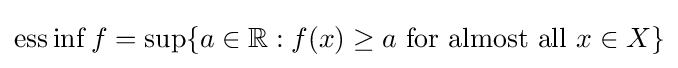
\operatorname {ess} \inf f=\sup\{a\in \mathbb {R} :f(x)\geq a{\text{ for almost all }}x\in X\}